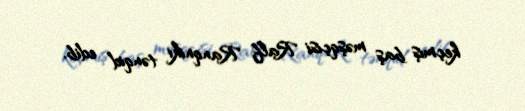
keçmiş baş məşqçisi Ralf Ranqniki tənqid edib.